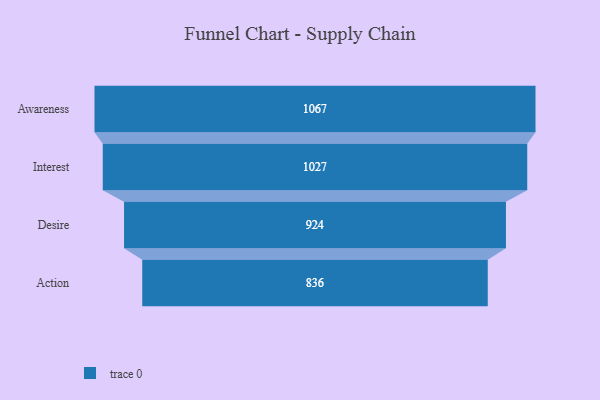
{"axis": {"x": "Stage", "y": "Value"}, "legend": [""], "data": [{"x": "Awareness", "y": 1067.0, "type": ""}, {"x": "Interest", "y": 1027.0, "type": ""}, {"x": "Desire", "y": 924.0, "type": ""}, {"x": "Action", "y": 836.0, "type": ""}]}